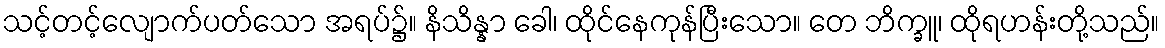
သင့်တင့်လျောက်ပတ်သော အရပ်၌။ နိသိန္နာ ခေါ၊ ထိုင်နေကုန်ပြီးသော။ တေ ဘိက္ခူ၊ ထိုရဟန်းတို့သည်။